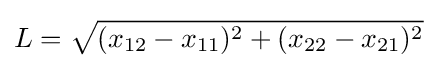
L={\sqrt {(x_{12}-x_{11})^{2}+(x_{22}-x_{21})^{2}}}